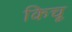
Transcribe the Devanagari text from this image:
किचू